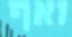
ואף